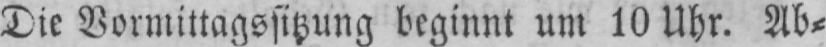
Die Vormittagssitzung beginnt um 10 Uhr. Ab⸗